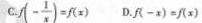
C f(- \frac{1}{x})=f(x) D.f(-x)=f(x)